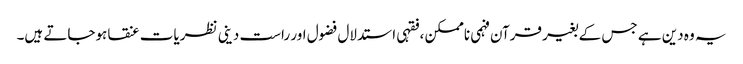
یہ وہ دین ہے جس کے بغیر قرآن فہمی ناممکن ،فقہی استدلال فضول اور راست دینی نظریات عنقا ہوجاتے ہیں۔